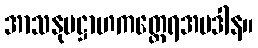
အာသနုပဋ္ဌာဟကတ္ထေရအပဒါန။